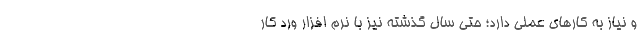
و نیاز به کارهای عملی دارد؛ حتی سال گذشته نیز با نرم افزار ورد کار